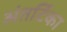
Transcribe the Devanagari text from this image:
अंतर्टिका